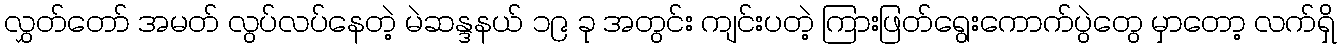
လွှတ်တော် အမတ် လွပ်လပ်နေတဲ့ မဲဆန္ဒနယ် ၁၉ ခု အတွင်း ကျင်းပတဲ့ ကြားဖြတ်ရွေးကောက်ပွဲတွေ မှာတော့ လက်ရှိ